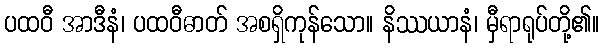
ပထဝီ အာဒီနံ၊ ပထဝီဓာတ် အစရှိကုန်သော။ နိဿယာနံ၊ မှီရာရုပ်တို့၏။